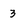
Character: 3